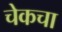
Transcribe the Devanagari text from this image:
चेकचा